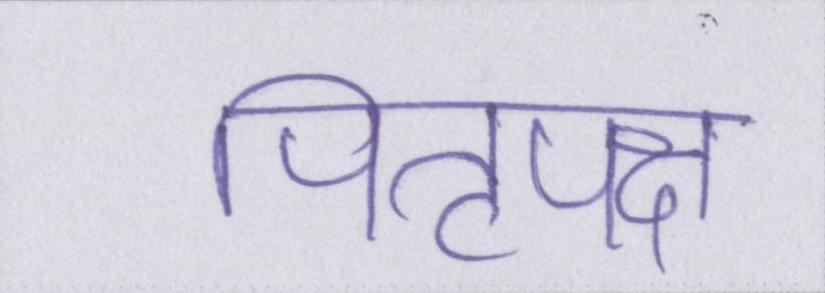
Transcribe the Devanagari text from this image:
पितृपक्ष